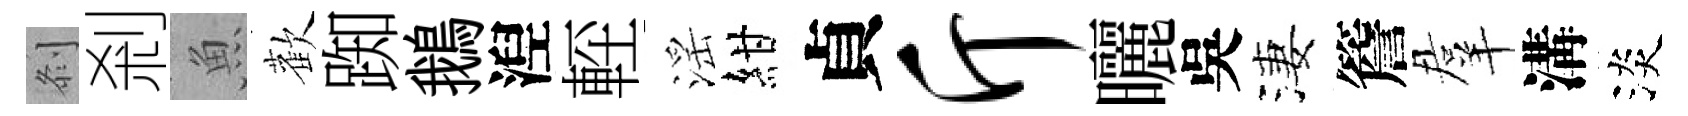
𠛴剎魚歡踟鵝湼䡖滛紺貞斤曬吳淒簷羣溝淡